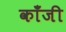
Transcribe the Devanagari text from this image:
काँजी